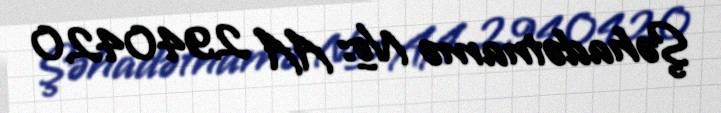
Şəhadətnamə №: AA 2940420